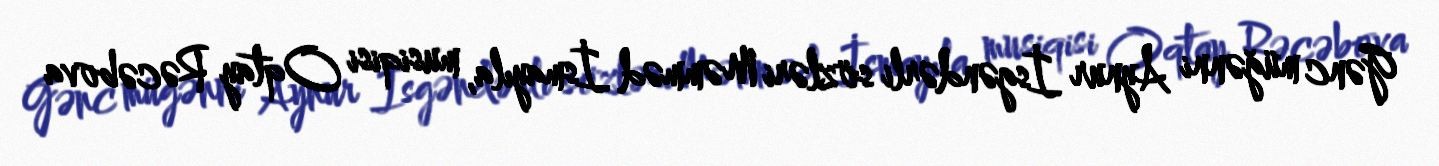
Gənc müğənni Aynur İsgəndərli sözləri Məmməd İsmayıla, musiqisi Oqtay Rəcəbova